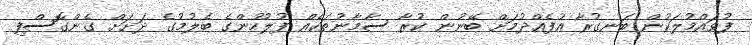
ފުވައްމުލަކުން ބަނގުރާ އުފެއްދުމަށް ބޭނުން ކުރާ ސާމާނުތަކެއް ފުލުހުންގެ ބެލުމުގެ ދަށަށް ގެންގޮސްފި